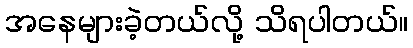
အနေများခဲ့တယ်လို့ သိရပါတယ်။